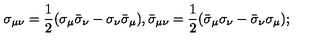
\sigma _ { \mu \nu } = { \frac { 1 } { 2 } } ( \sigma _ { \mu } \bar { \sigma } _ { \nu } - \sigma _ { \nu } \bar { \sigma } _ { \mu } ) , \bar { \sigma } _ { \mu \nu } = { \frac { 1 } { 2 } } ( \bar { \sigma } _ { \mu } \sigma _ { \nu } - \bar { \sigma } _ { \nu } \sigma _ { \mu } ) ;